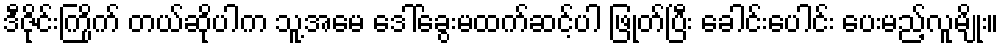
ဒီဇိုင်းကြိုက် တယ်ဆိုပါက သူ့အမေ ဒေါ်ခွေးမထက်ဆင့်ပါ ဖြုတ်ပြီး ခေါင်းပေါင်း ပေးမည့်လူမျိုး။